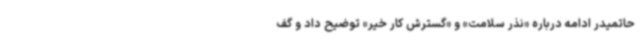
حاتمیدر ادامه درباره «نذر سلامت» و «گسترش کار خیر» توضیح داد و گف